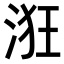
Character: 𣴥